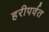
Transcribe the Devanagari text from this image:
हरीपर्वत